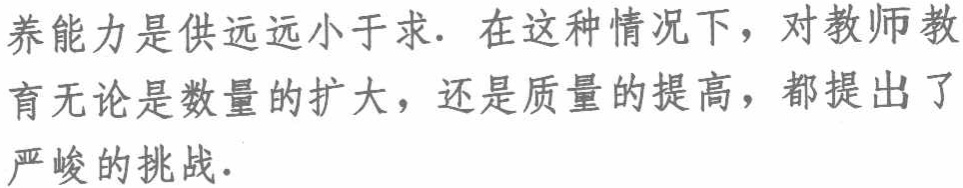
养能力是供远远小于求. 在这种情况下，对教师教育无论是数量的扩大，还是质量的提高，都提出了严峻的挑战.